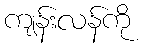
ကျန်းလန်ကို